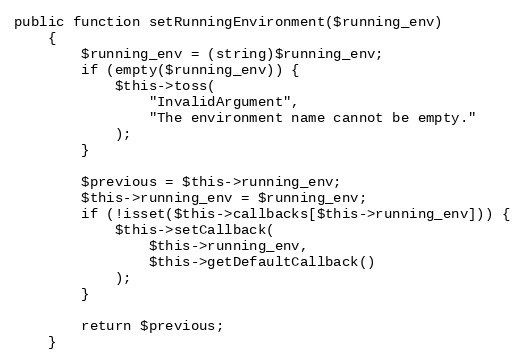
Language: PHP
public function setRunningEnvironment($running_env)
    {
        $running_env = (string)$running_env;
        if (empty($running_env)) {
            $this->toss(
                "InvalidArgument",
                "The environment name cannot be empty."
            );
        }

        $previous = $this->running_env;
        $this->running_env = $running_env;
        if (!isset($this->callbacks[$this->running_env])) {
            $this->setCallback(
                $this->running_env,
                $this->getDefaultCallback()
            );
        }

        return $previous;
    }